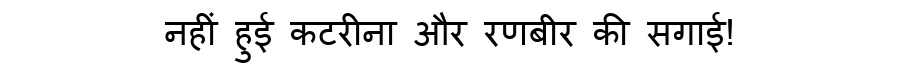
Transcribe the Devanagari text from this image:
नहीं हुई कटरीना और रणबीर की सगाई!